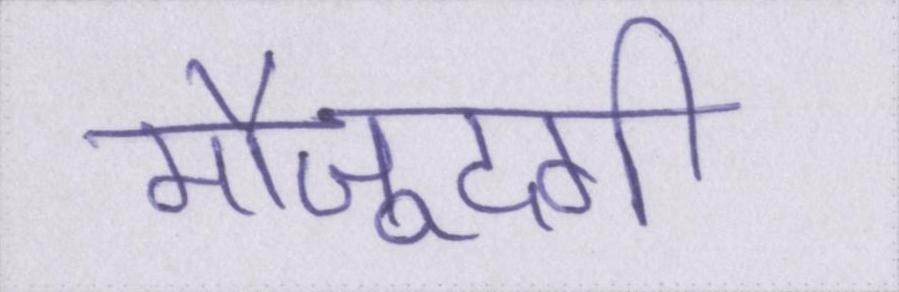
मौजूदगी